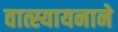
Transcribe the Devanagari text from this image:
वात्स्यायनाने